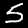
Label: 5